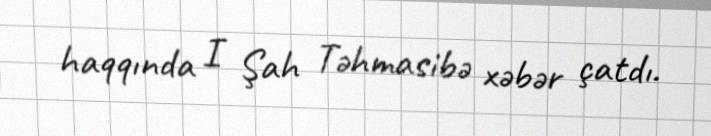
haqqında I Şah Təhmasibə xəbər çatdı.